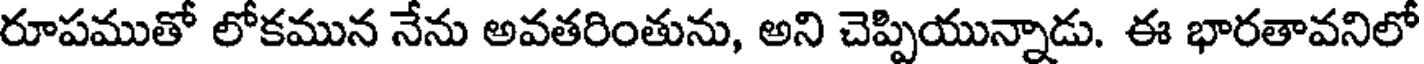
రూపముతో లోకమున నేను అవతరింతును, అని చెప్పియున్నాడు. ఈ భారతావనిలో